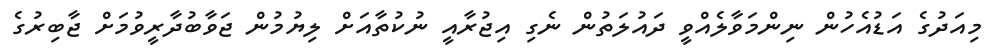
މިއަދުގެ އަޑުއެހުން ނިންމަވާލެއްވީ ދައުލަތުން ނެގި އިޖުރާއީ ނުކުތާއަށް ލިޔުމުން ޖަވާބުދާރީވުމަށް ޖާބިރުގެ